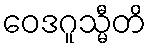
ဝေဒဂူသ္မီတိ